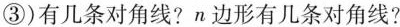
③)有几条对角线? n边形有几条对角线?